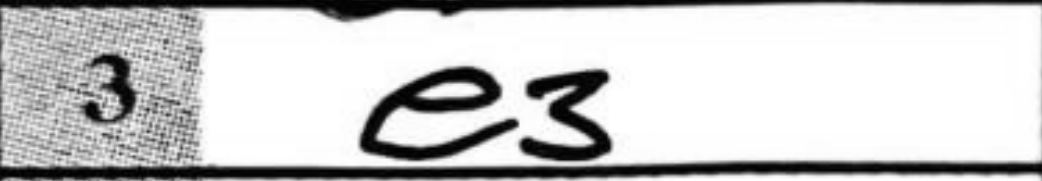
Transcription: e3